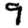
Digit: 9